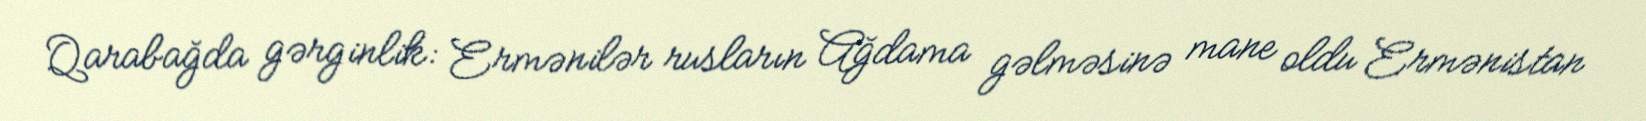
Qarabağda gərginlik: Ermənilər rusların Ağdama gəlməsinə mane oldu Ermənistan